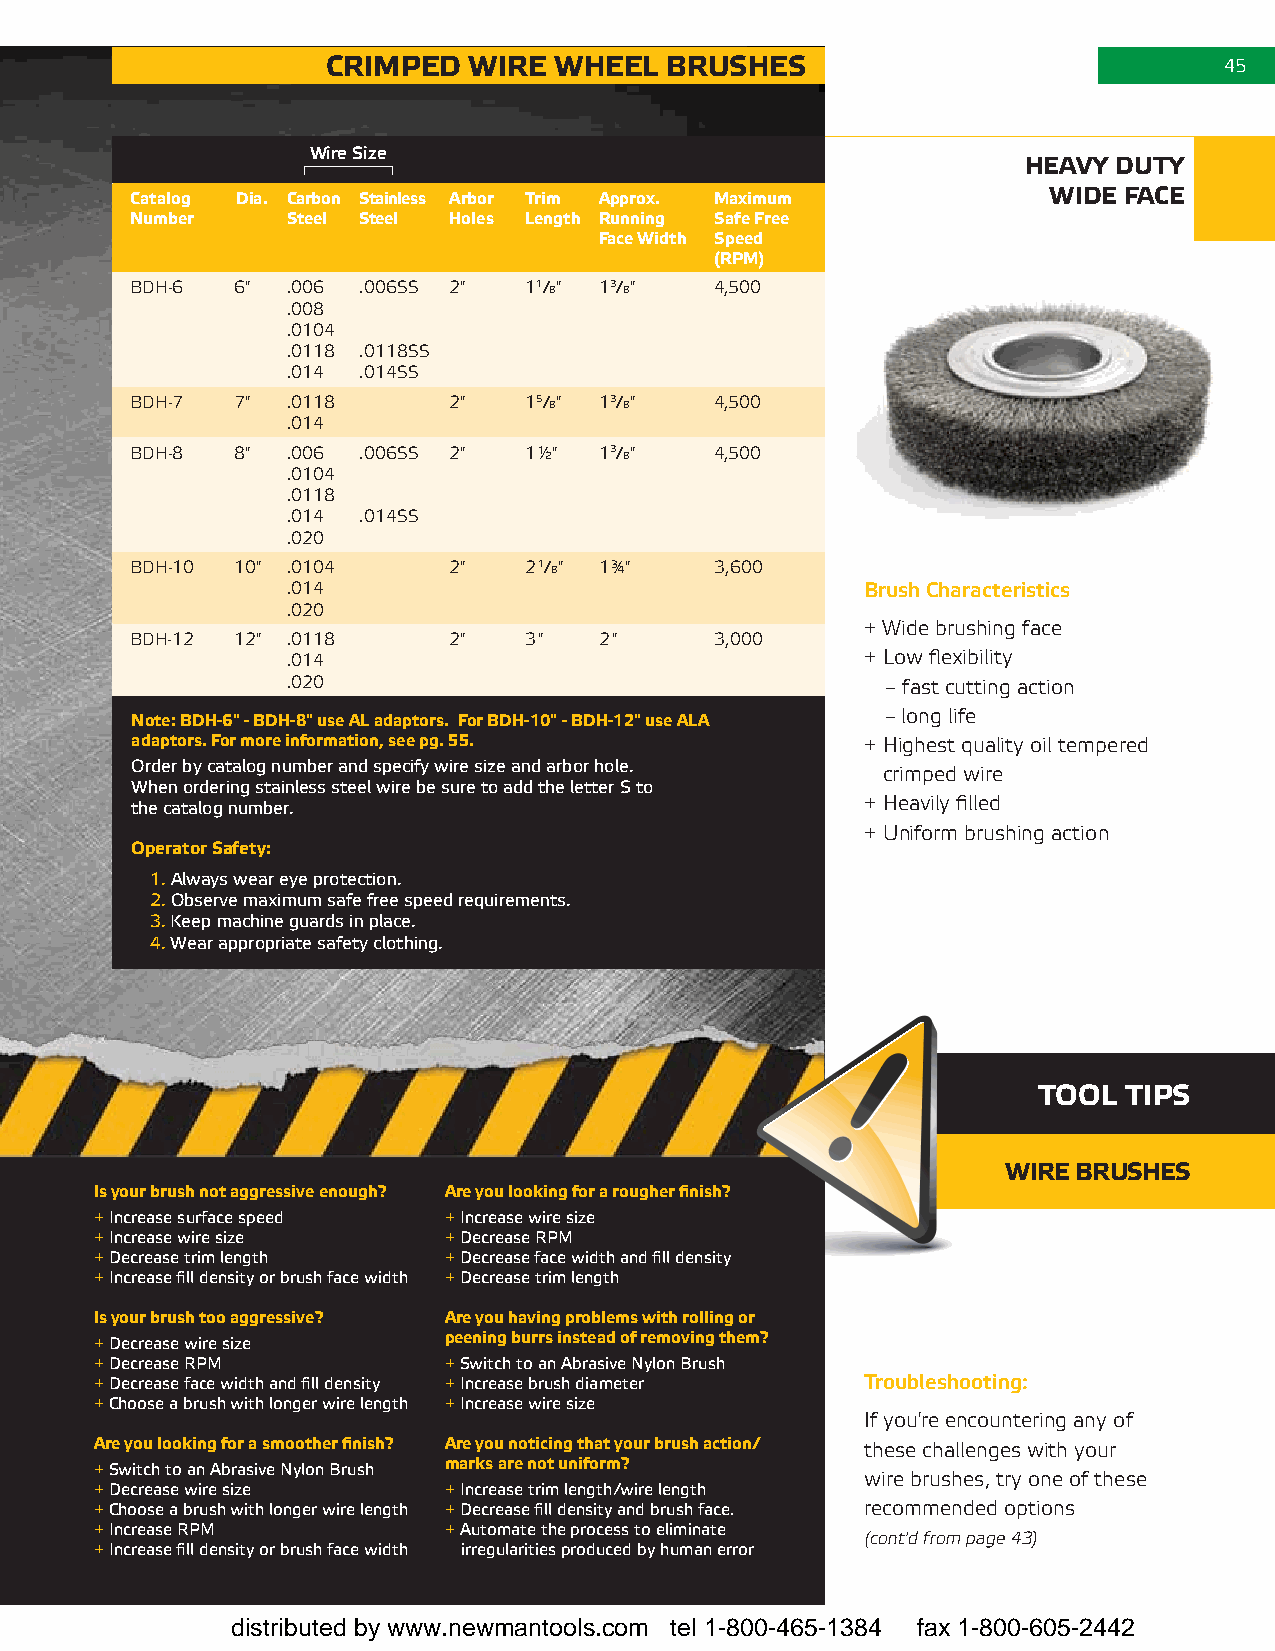
cRIMPed  WIRe  WHeel  bRusHes                              45
 Wire Size
 HeaVY dutY
 catalog dia. carbon stainless arbor trim approx. Maximum    WIde face
 number    steel steel Holes length Running safe free
 face Width speed
 (RPM)
 BDh-6 6"  .006 .006ss 2"  11/8" 13/8" 4,500
 .008
 .0104
 .0118 .0118ss
 .014 .014ss
 BDh-7 7"  .0118      2"   15/8" 13/8" 4,500
 .014
 BDh-8 8"  .006 .006ss 2"  1½"  13/8"  4,500
 .0104
 .0118
 .014 .014ss
 .020
 BDh-10 10" .0104     2"   21/8" 1¾"   3,600
 .014                                  Brush Characteristics
 .020
 + Wide brushing face
 BDh-12 12" .0118     2"   3"   2"     3,000
 .014                                  + Low flexibility
 .020                                    – fast cutting action
 note: bdH-6" - bdH-8" use al adaptors. for bdH-10" - bdH-12" use ala – long life
 adaptors. for more information, see pg. 55.     + highest quality oil tempered
 Order by catalog number and specify wire size and arbor hole.
 crimped wire
 When ordering stainless steel wire be sure to add the letter S to
 the catalog number.                             + heavily filled
 + uniform brushing action
 operator safety:
 1. Always wear eye protection.
 2. Observe maximum safe free speed requirements.
 3. Keep machine guards in place.
 4. Wear appropriate safety clothing.
 tool tIPs
 WIRe bRusHes
 Is your brush not aggressive enough? are you looking for a rougher finish?
 + Increase surface speed + Increase wire size
 + Increase wire size   + Decrease RPM
 + Decrease trim length + Decrease face width and fill density
 + Increase fill density or brush face width + Decrease trim length
 Is your brush too aggressive? are you having problems with rolling or
 + Decrease wire size   peening burrs instead of removing them?
 + Decrease RPM         + Switch to an Abrasive Nylon Brush
 + Decrease face width and fill density + Increase brush diameter Troubleshooting:
 + Choose a brush with longer wire length + Increase wire size
 if you're encountering any of
 are you looking for a smoother finish? are you noticing that your brush action/ these challenges with your
 + Switch to an Abrasive Nylon Brush marks are not uniform?
 wire brushes, try one of these
 + Decrease wire size   + Increase trim length/wire length
 + Choose a brush with longer wire length + Decrease fill density and brush face. recommended options
 + Increase RPM         + Automate the process to eliminate
 (cont'd from page 43)
 + Increase fill density or brush face width irregularities produced by human error
 distributed by www.newmantools.com tel 1-800-465-1384 fax 1-800-605-2442